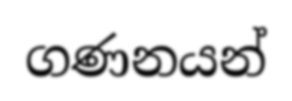
ගණනයන්